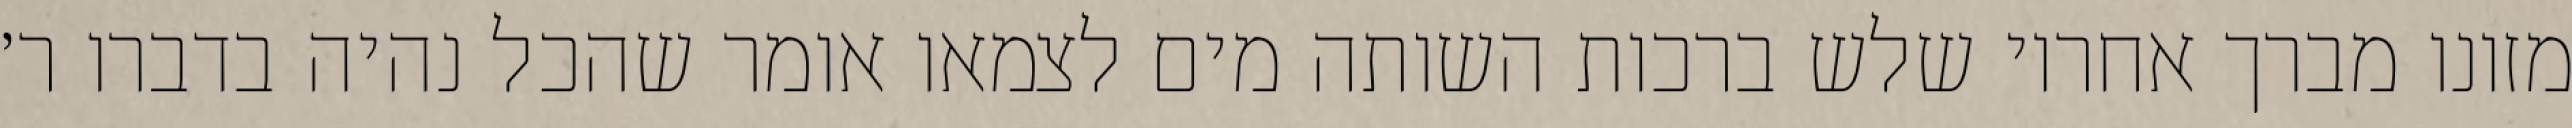
מזונו מברך אחריו שלש ברכות השותה מים לצמאו אומר שהכל נהיה בדברו ר׳